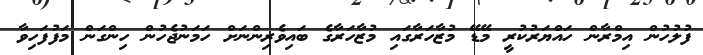
ފުލުހުން އިމްރާން ހައްޔަރުކުރީ މޭޑޭ މުޒާހަރާގައި މުޒާހަރާގެ ބައިވެރިންނަށް ހަމަނުޖެހުން ހިންގަން މަފުފަހިވާ